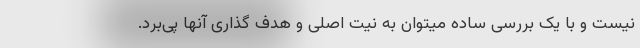
نیست و با یک بررسی ساده میتوان به نیت اصلی و هدف گذاری آنها پی‌برد.